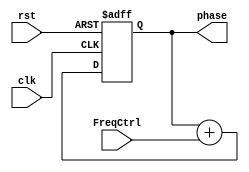
`timescale 1ns / 1ps
//////////////////////////////////////////////////////////////////////////////////
// Company: 
// Engineer: 
// 
// Design Name: 
// Module Name: PhaseAdder
// Project Name: 
// Target Devices: 
// Tool Versions: 
// Description: 
// 
// Dependencies: 
// 
// Revision:
// Revision 0.01 - File Created
// Additional Comments:
// 
//////////////////////////////////////////////////////////////////////////////////


module PhaseAdder(
   input clk,
   input rst,
   input [10:0] FreqCtrl,   //
   output [11:0] phase
    );
    
     reg [11:0] phase_reg = 0;
       assign phase = phase_reg;
       always@(posedge rst or posedge clk)
       begin
           if(rst)
               phase_reg<=12'd0;
           else
               phase_reg<=phase_reg+FreqCtrl; //
       end
endmodule